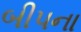
બીપના